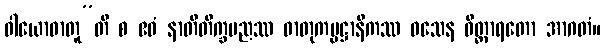
ဝါယောဓာတူ”တိ စ ဧဝံ နာတိတိက္ခပညဿ ဓာတုကမ္မဋ္ဌာနိကဿ ဝသေန ဝိတ္ထာရတော အာဂတံ။